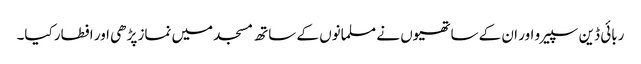
ربائی ڈین سپیر و اور ان کے ساتھیوں نے مسلمانوں کے ساتھ مسجد میں نماز پڑھی اور افطار کیا۔